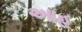
આહ